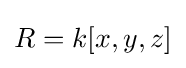
R=k[x,y,z]